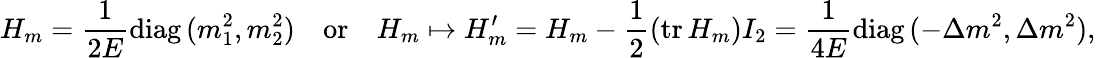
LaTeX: H_{m}=\frac{1}{2E}\mathrm{diag\, }(m_{1}^{2},m_{2}^{2})\quad\mathrm{or}\quad H_{m}\mapsto H_{m}^{\prime}=H_{m}-\frac{1}{2}(\mathrm{tr\, }H_{m})I_{2}=\frac{1}{4E}\mathrm{diag\, }(-\Delta m^{2},\Delta m^{2}),